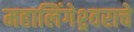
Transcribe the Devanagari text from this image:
महालिंगेश्र्वराचे